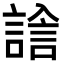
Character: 𧪃